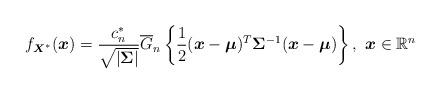
LaTeX: \begin{align*}f_{\boldsymbol{X}^{\ast}}(\boldsymbol{x})=\frac{c_{n}^{\ast}}{\sqrt{|\boldsymbol{\Sigma}|}}\overline{G}_{n}\left\{\frac{1}{2}(\boldsymbol{x}-\boldsymbol{\mu})^{T}\mathbf{\Sigma}^{-1}(\boldsymbol{x}-\boldsymbol{\mu})\right\},~\boldsymbol{x}\in\mathbb{R}^{n}\end{align*}